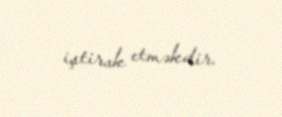
iştirak etməkdir.